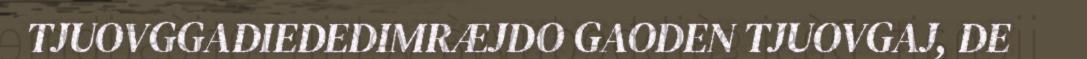
TJUOVGGADIEDEDIMRÆJDO GAODEN TJUOVGAJ, DE